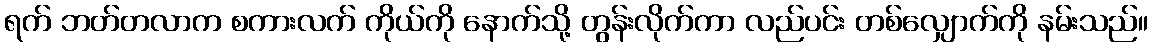
ရက် ဘတ်တလာက စကားလက် ကိုယ်ကို နောက်သို့ တွန်းလိုက်ကာ လည်ပင်း တစ်လျှောက်ကို နမ်းသည်။